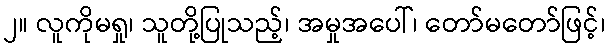
၂။ လူကိုမရှု၊ သူတို့ပြုသည့်၊ အမှုအပေါ်၊ တော်မတော်ဖြင့်၊